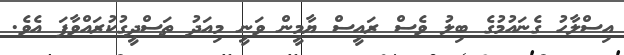
އިސްލާހު ގެނައުމުގެ ބިލު ވެސް ރައީސް ޔާމީން ވަނީ މިއަދު ތަސްދީގުކުރައްވާފަ އެވެ.